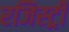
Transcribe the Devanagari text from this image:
रजिस्‍ट्री